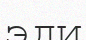
эди